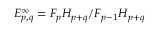
E _ { p , q } ^ { \infty } = F _ { p } H _ { p + q } / F _ { p - 1 } H _ { p + q }